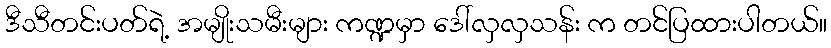
ဒီသီတင်းပတ်ရဲ့ အမျိုးသမီးများ ကဏ္ဍမှာ ဒေါ်လှလှသန်း က တင်ပြထားပါတယ်။